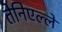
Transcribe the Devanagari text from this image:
तेनिएल्ले